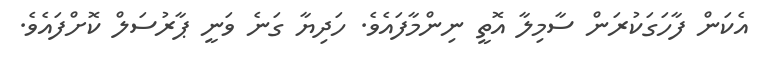
އެކަން ފާހަގަކުރަން ސާމިލާ އޮތީ ނިންމާފައެވެ. ހަދިޔާ ގަނެ ވަނީ ޕާރުސަލް ކޮށްފައެވެ.